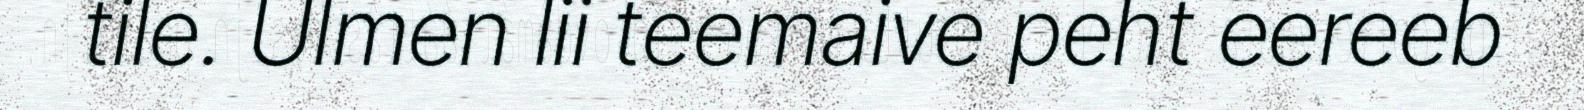
tile. Ulmen lii teemaive peht eereeb